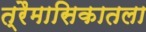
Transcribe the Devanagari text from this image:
त्रैमासिकातला